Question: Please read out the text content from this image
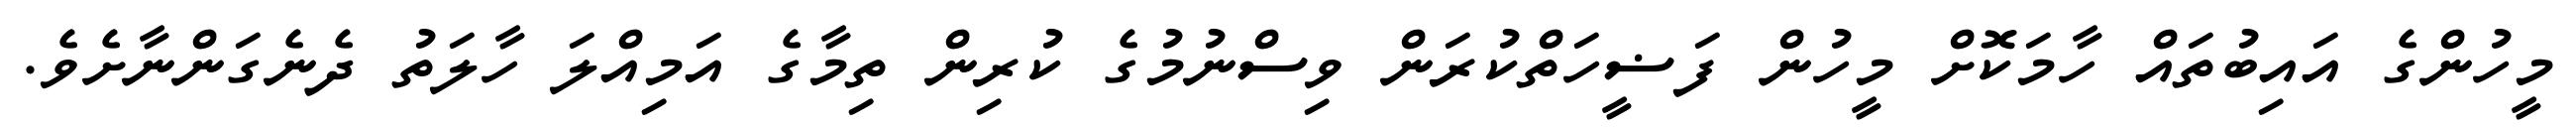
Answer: މީހުންގެ އައިބުތައް ހާމަކޮށް މީހުން ފަޟީހަތްކުރަން ވިސްނުމުގެ ކުރިން ތިމާގެ އަމިއްލަ ހާލަތު ދެނެގަންނާށެވެ.